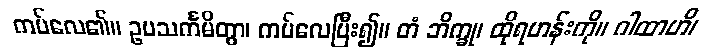
ကပ်လေ၏။ ဥပသင်္ကမိတွာ၊ ကပ်လေပြီး၍။ တံ ဘိက္ခု၊ ထိုရဟန်းကို။ ဂါထာဟိ၊